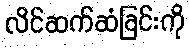
လိင်ဆက်ဆံခြင်းကို